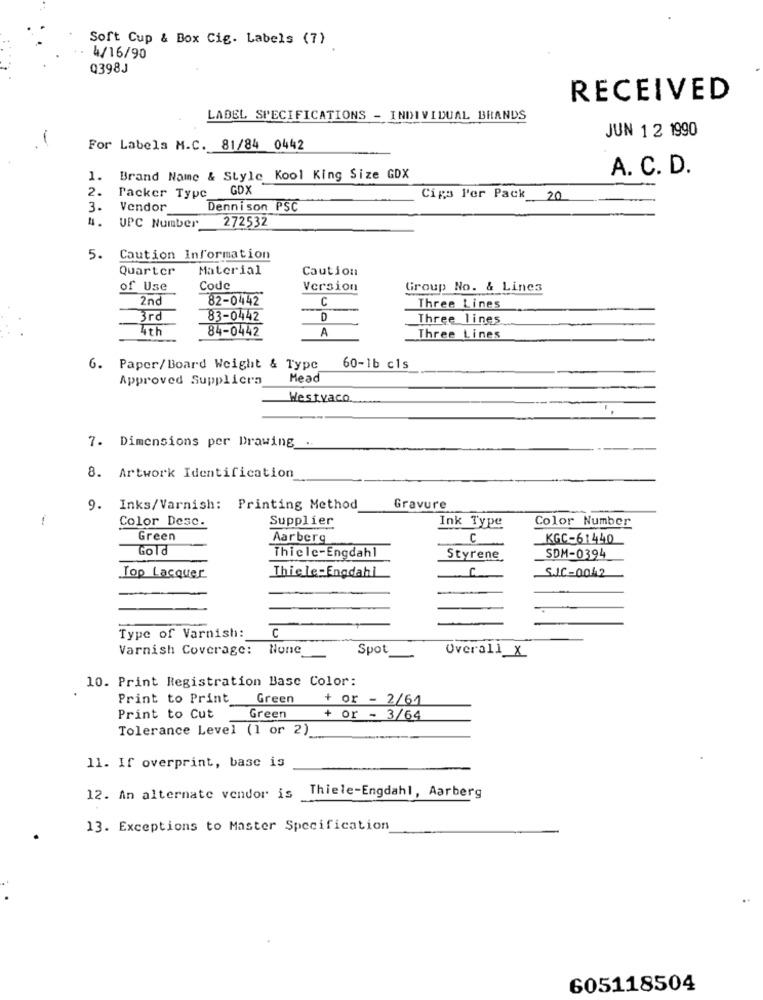
Soft Cup & Box Cig. Labels (7)
4/16/90
Q398J
RECEIVED
LABEL SPECIFICATIONS - INDIVIDUAL BRANDS
JUN 1 2 1990
-
For Labels M.C. 81/84 0442
A. C. D.
1.
Brand Name & Style Kool King Size GDX
2.
GDX
Packer Type_
Cips Per Pack 20
3.
Vendor
Dennison PSC
272532
UPC Number
5.
Caution Information
Quarter
Material
Caution
of Use
Code
Version
Group No. & Lines
2nd
82-0442
C
Three Lines
83-0442
D
Three lines
4th
84-0442
A
Three Lines
6. Paper/Board Weight & Type
60-1b cls
Approved Suppliers
Mead
Westyaco.
7. Dimensions per Drawing ..
8. Artwork Identification
9.
Inks/Varnish: Printing Method
Gravure
Color Desc.
Supplier
Ink Type
Color Number
Green
Aarberg
C
KGC-61440
Gold
Thiele-Engdahl
Styrene
SDM-0394
Thiele-Engdahl
U
S.J.C-0042
Top Lacquer
C
Type of Varnish:
Varnish Coverage: None
Spot
Overall ×
10. Print Registration Basc Color:
Print to Print
Green
+ or - 2/64
Print to Cut
Green
+ or - 3/64
Tolerance Level (1 or 2)
11. If overprint, basc is
Thiele-Engdahl, Aarberg
12. An alternate vendor is
13. Exceptions to Master Specification
605118504